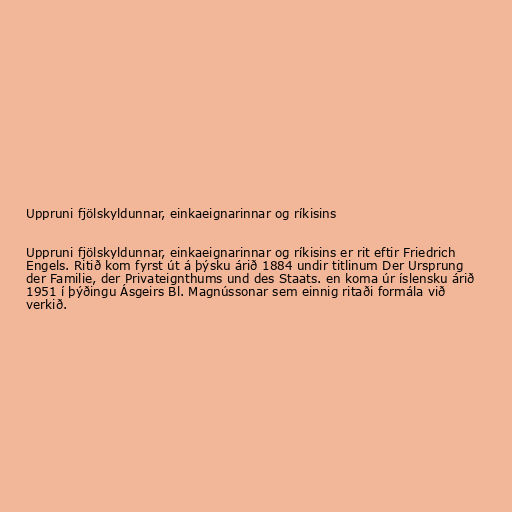
Uppruni fjölskyldunnar, einkaeignarinnar og ríkisins

Uppruni fjölskyldunnar, einkaeignarinnar og ríkisins er rit eftir Friedrich
Engels. Ritið kom fyrst út á þýsku árið 1884 undir titlinum Der Ursprung
der Familie, der Privateignthums und des Staats. en koma úr íslensku árið
1951 í þýðingu Ásgeirs Bl. Magnússonar sem einnig ritaði formála við
verkið.